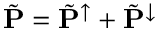
\tilde { \mathbf { P } } = \tilde { \mathbf { P } } ^ { \uparrow } + \tilde { \mathbf { P } } ^ { \downarrow }